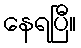
နေရပြီ။